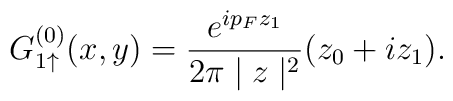
G_{1 \uparrow}^{(0)} (x,y) = \frac{e^{i p_F z_1}}{2 \pi \mid z \mid^2} (z_0 + i z_1).